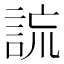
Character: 𧧢